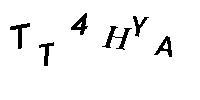
TT4HYA